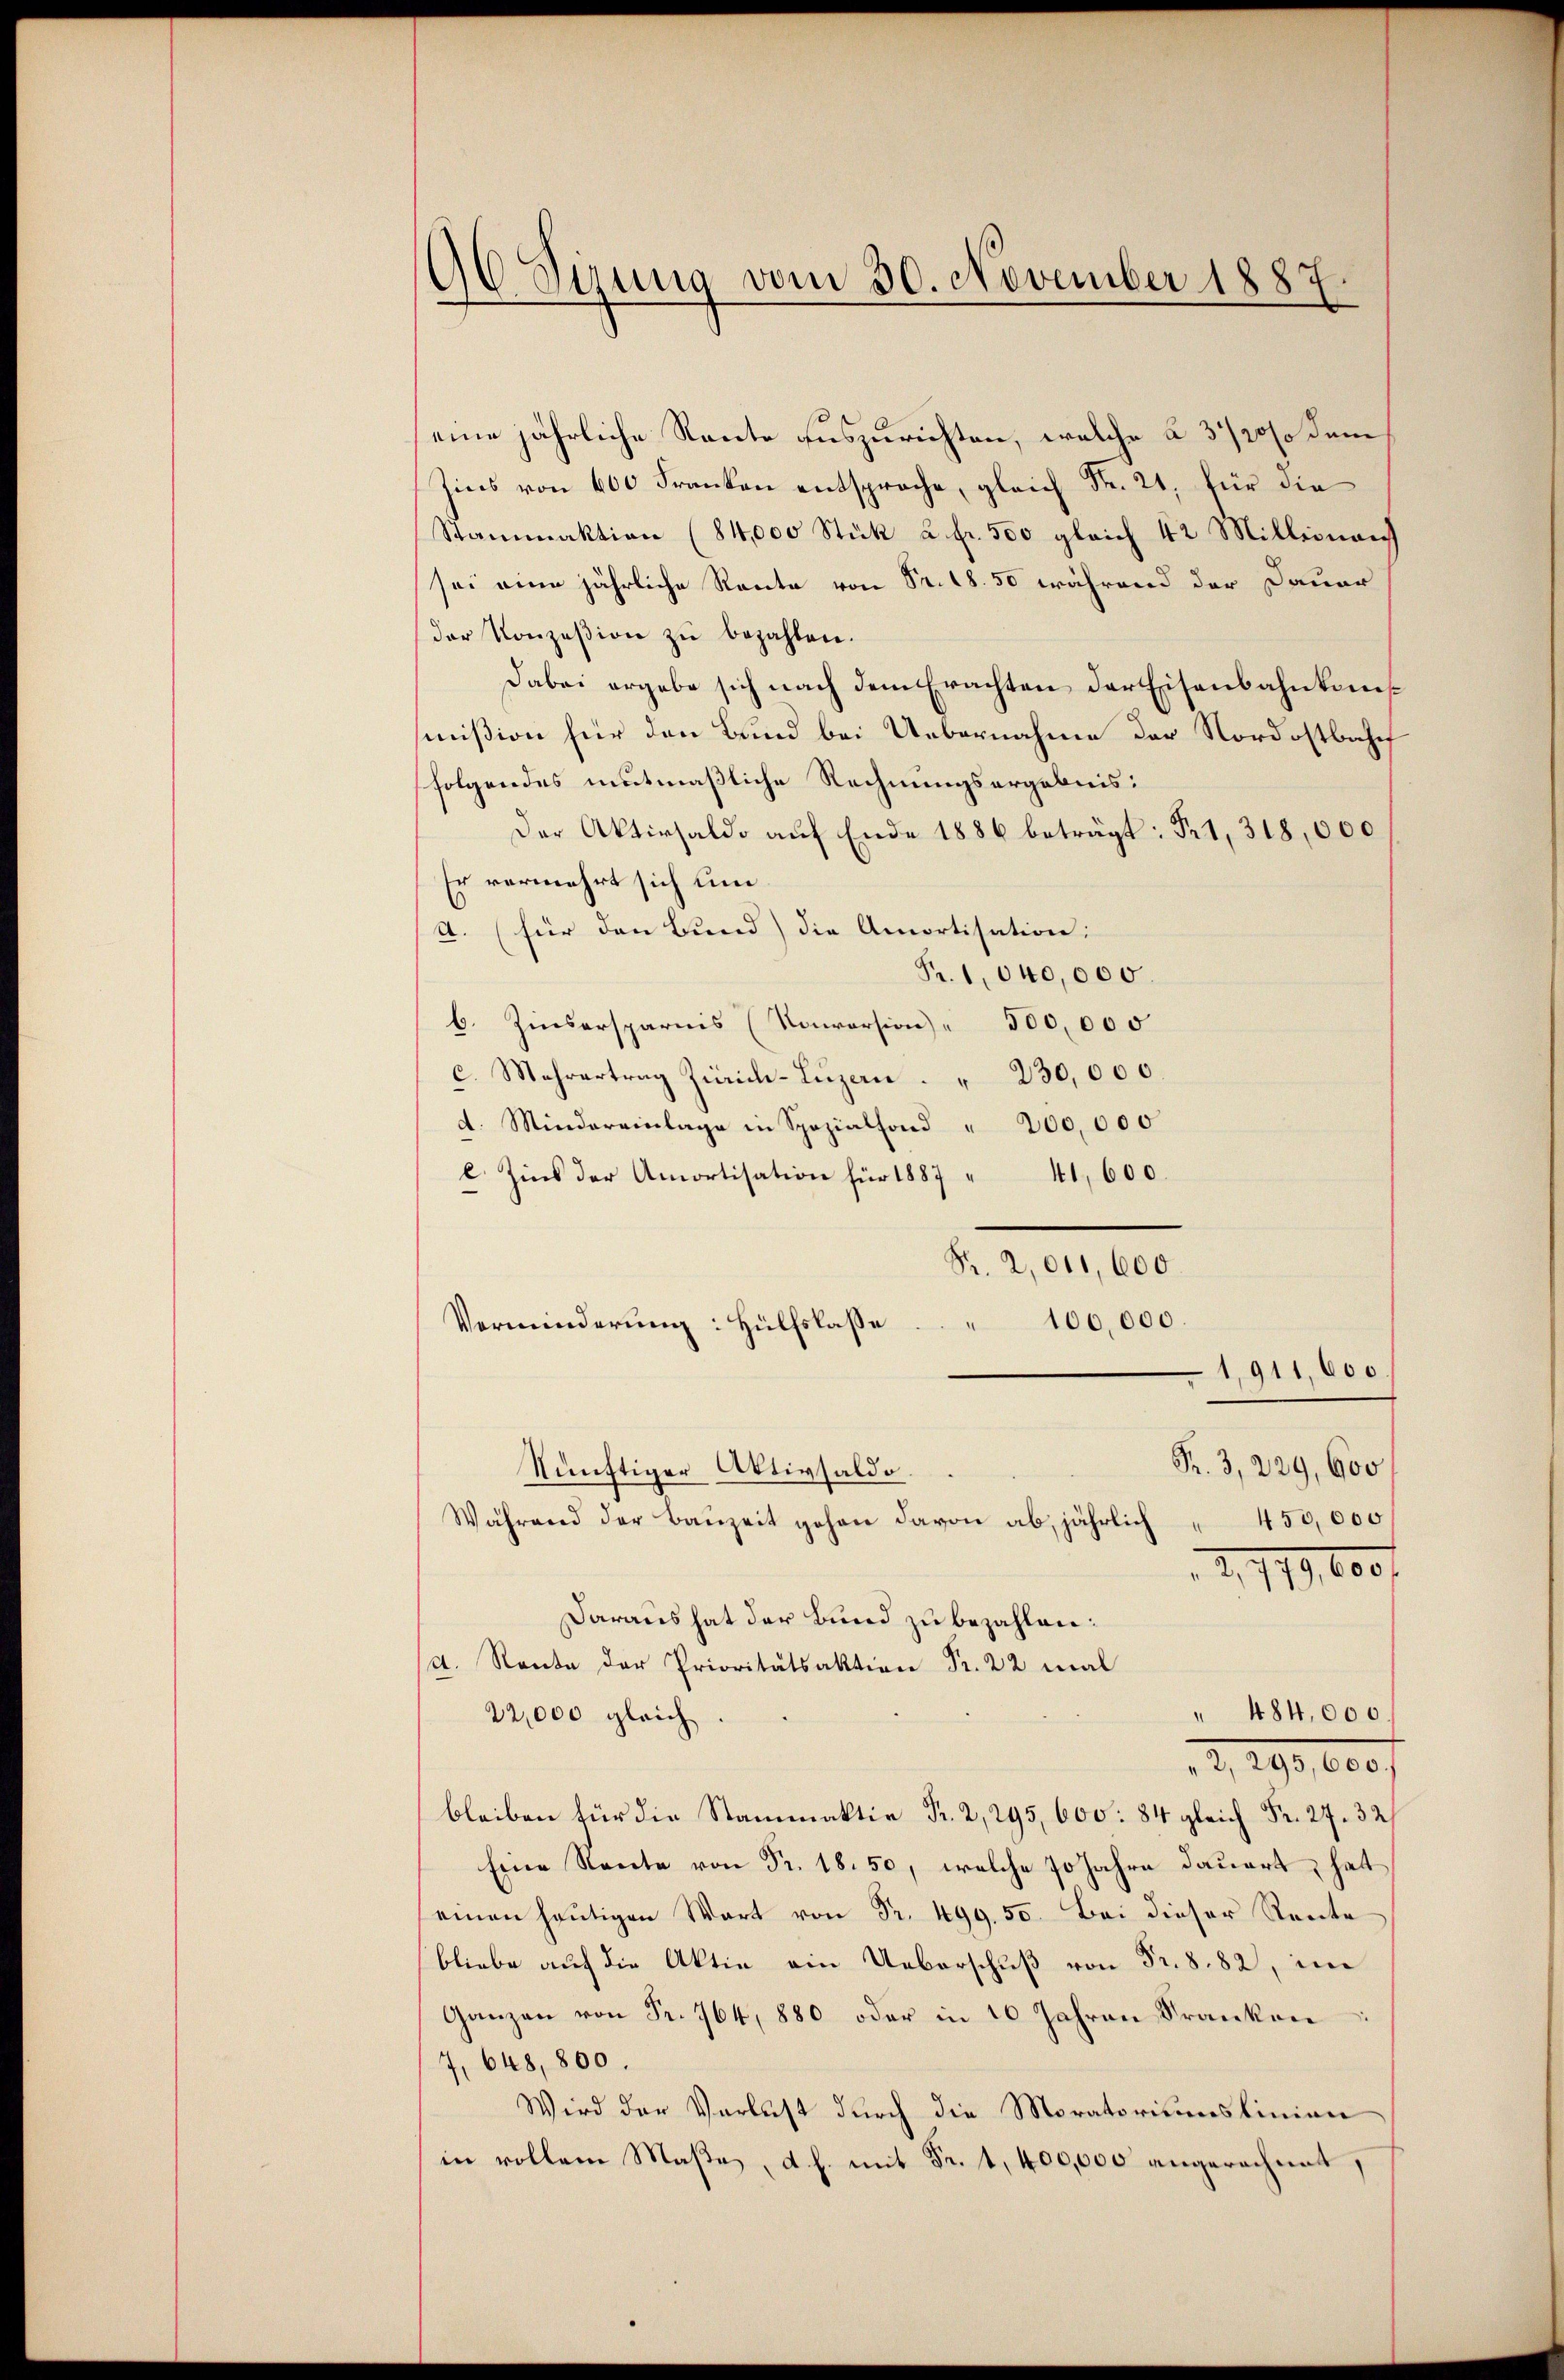
96 Sizung vom 30. November 1887.

eine jährliche Raute auszurichten, welche à 3 1/2% dem
Zins von 600 Franken entsproche, gleich Fr. 21, für die
Stammaktion (84,000 Stük à Fr. 500 gleich 42 Millionai
sei eine jährliche Raute von Fr. 18. 50 während der Dauer
der Konzesion zŭ bezahlen.
Dabei ergebe sich nach dem Erachten der Eisenbahnkons
mißion für den Bund bei Uebernahme der Nordostbahnf
folgendes mutmaßliche Rechnungsergebnis:
Der Aktivsaldo auf Ende 1886 beträgt: Fr. 1, 318,000
Er vermehrt sich um
A. (für den Bund) die Amortisation:
Fr. 1040,000.
b. Zinsersparnis (Kaiersion" 300,000
c. Mehrertrag Zürich-Luzern " 230,000
d. Mindereinlage in Spezialfond " 200,000
l. Zins der Amortisation für 1887 " 41, 600.
Pr. 2,011,600
Verminderung: Hülfslasse 100,000.
1,911,600

Fr. 3, 229, 600
künftiger Aktivsaldo.
Während der Bauzeit gehen davon ab, jährlich 450,000

2. 119,600 f
Daraus hat der Bund zu bezahlen:
A. Rente der Prioritätsaktion Fr. 22 mal
" 484,000.
22,000 gleich
2, 299,000 f
bla
Eine Rente von Fr. 18. 50, welche 70 Jahre dauert, hat
einen heutigen Wart von Fr. 499. 50. Bei dieser Rente
bliebe auf die Aktie ein Ueberschuß von Fr. 882, im
Ganzen von Fr. 764, 880 oder in 10 Jahren Franken
7, 648,800.
Wird der Verlust durch die Moratoriumslinien
in vollem Maße, d. h. mit Fr. 1, 400,000 angerechnet,